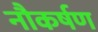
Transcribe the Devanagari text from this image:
नौकर्षण